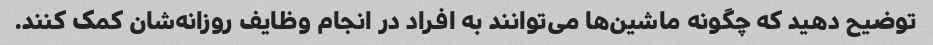
توضیح دهید که چگونه ماشین‌ها می‌توانند به افراد در انجام وظایف روزانه‌شان کمک کنند.